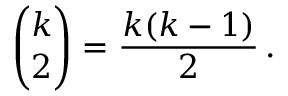
{ \binom { k } { 2 } } = { \frac { k ( k - 1 ) } { 2 } } \, .